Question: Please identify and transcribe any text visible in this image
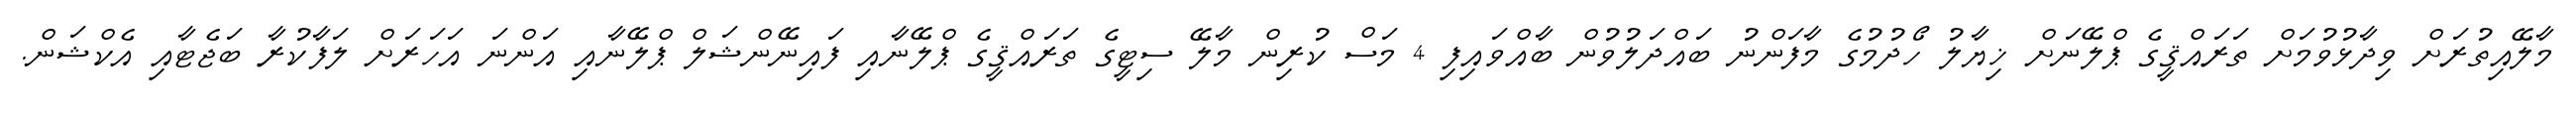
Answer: މާލޭއިތުރަށް ވިދާޅުވުމަށް ތަރައްޤީގެ ޕްލޭނަށް ޚިޔާލު ހޯދުމުގެ މާފަންނު ބައްދަލުވުން ބާއްވައިފި 4 މަސް ކުރިން މާލޭ ސިޓީގެ ތަރައްޤީގެ ޕްލޭނާއި ފައިނޭންޝަލް ޕްލޭނާއި އަންނަ އަހަރަށް ލަފާކުރާ ބަޖެޓާއި އެކްޝަން.